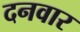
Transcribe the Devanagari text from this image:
दनवार